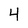
Character: 4